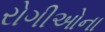
રોગીઓના